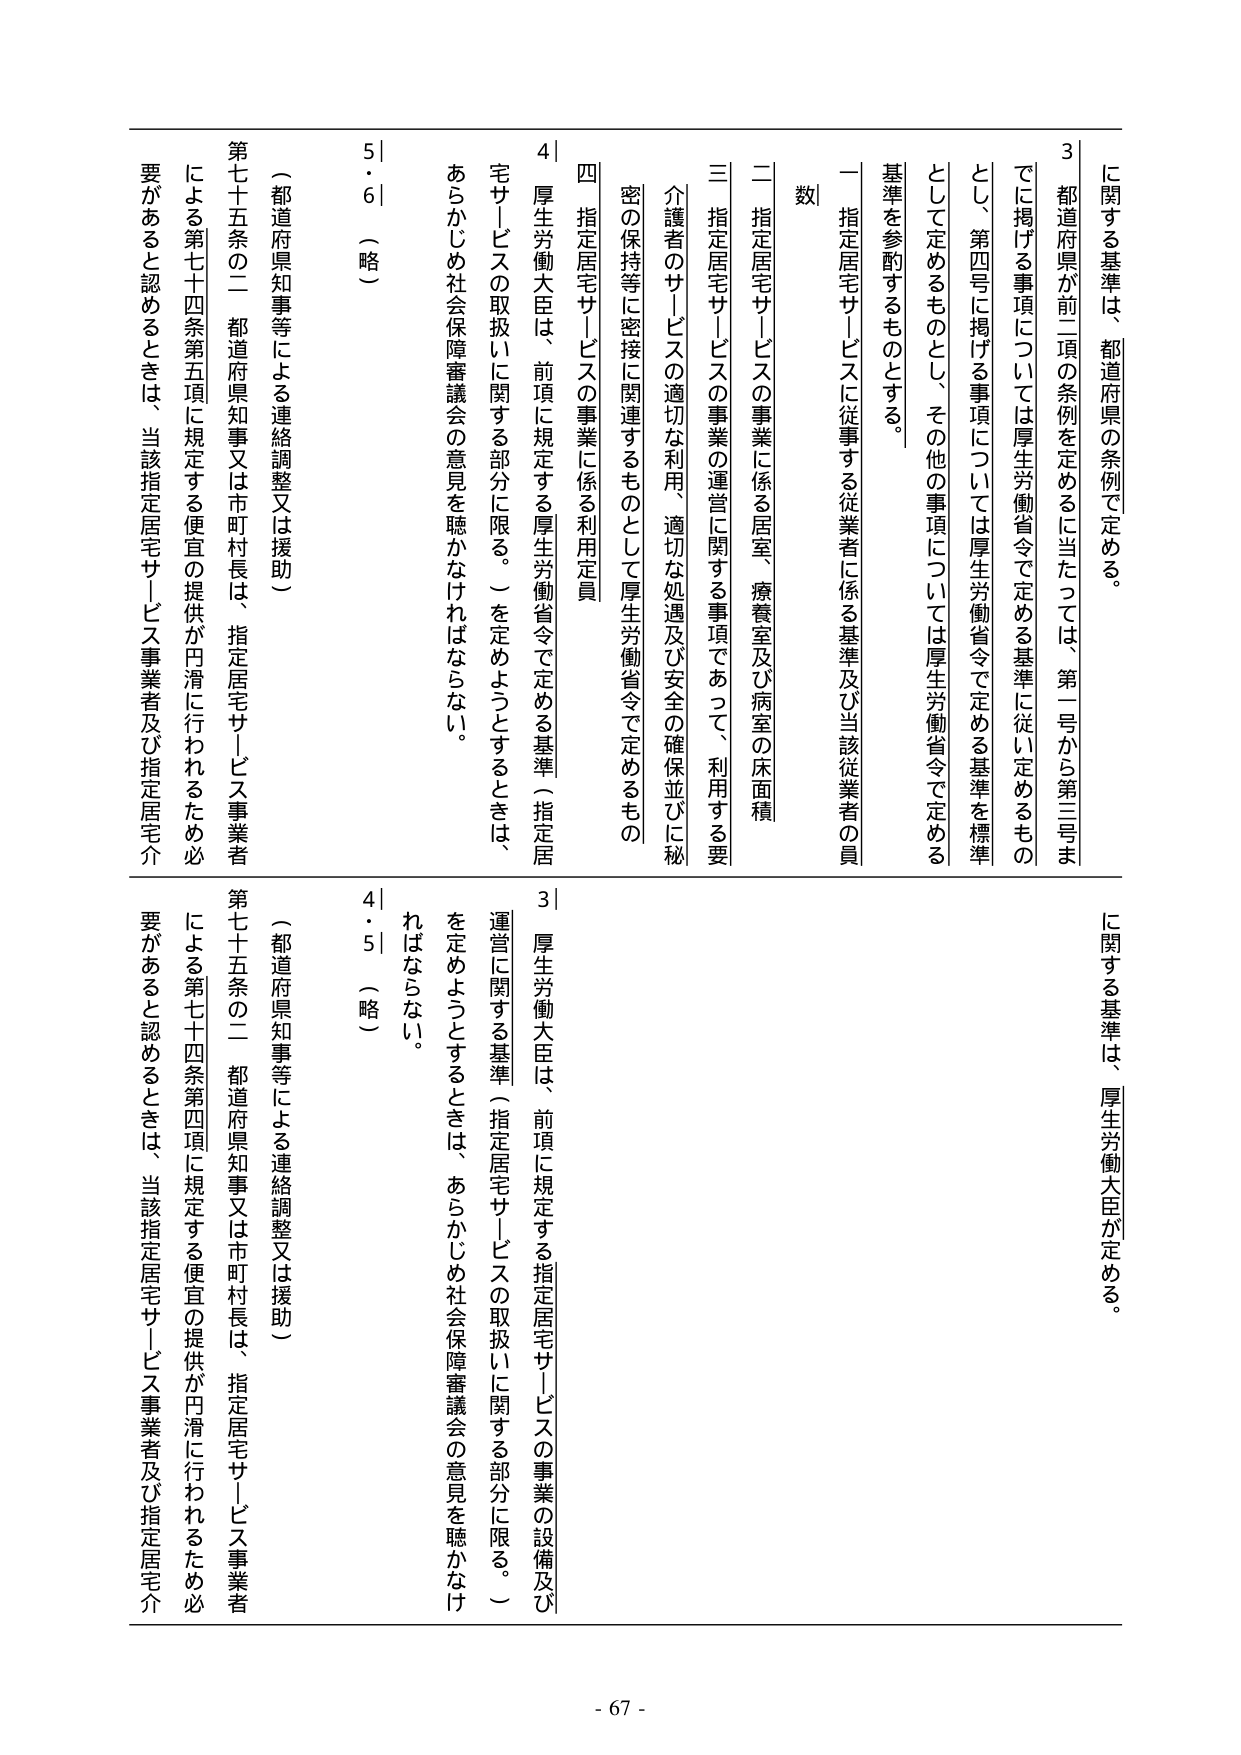
に関する基準は、都道府県の条例で定める。
3 都道府県が前二項の条例を定めるに当たっては、第一号から第三号ま
でに掲げる事項については厚生労働省令で定める基準に従い定めるもの
とし、第四号に掲げる事項については厚生労働省令で定める基準を標準
として定めるものとし、その他の事項については厚生労働省令で定める
基準を参酌するものとする。
一 指定居宅サービスに従事する従業者に係る基準及び当該従業者の員
数
二 指定居宅サービスの事業に係る居室、療養室及び病室の床面積
三 指定居宅サービスの事業の運営に関する事項であって、利用する要
介護者のサービスの適切な利用、適切な処遇及び安全の確保並びに秘
密の保持等に密接に関連するものとして厚生労働省令で定めるもの
四 指定居宅サービスの事業に係る利用定員
4 厚生労働大臣は、前項に規定する厚生労働省令で定める基準（指定居
宅サービスの取扱いに関する部分に限る。）を定めようとするときは、
あらかじめ社会保障審議会の意見を聴かなければならない。
5・6 （略）
（都道府県知事等による連絡調整又は援助）
第七十五条の二 都道府県知事又は市町村長は、指定居宅サービス事業者
による第七十四条第五項に規定する便宜の提供が円滑に行われるため必
要があると認めるときは、当該指定居宅サービス事業者及び指定居宅介

に関する基準は、厚生労働大臣が定める。
3 厚生労働大臣は、前項に規定する指定居宅サービスの事業の設備及び
運営に関する基準（指定居宅サービスの取扱いに関する部分に限る。）
を定めようとするときは、あらかじめ社会保障審議会の意見を聴かなけ
ればならない。
4・5 （略）
（都道府県知事等による連絡調整又は援助）
第七十五条の二 都道府県知事又は市町村長は、指定居宅サービス事業者
による第七十四条第四項に規定する便宜の提供が円滑に行われるため必
要があると認めるときは、当該指定居宅サービス事業者及び指定居宅介

- 67 -